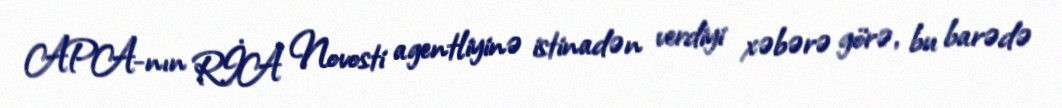
APA-nın RİA Novosti agentliyinə istinadən verdiyi xəbərə görə, bu barədə